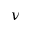
\nu